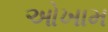
ઓખામ